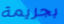
بجريمة